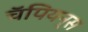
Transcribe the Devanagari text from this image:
चॅपियन्स